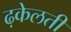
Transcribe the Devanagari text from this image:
ढ़केलती